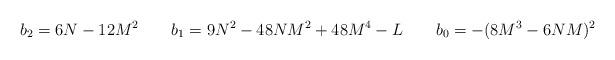
LaTeX: \begin{align*}b_2 = 6N-12M^2 \ \ \ \ \ \ b_1 = 9N^2 - 48NM^2 + 48M^4 -L \ \ \ \ \ \ b_0 = -(8M^3 - 6NM)^2\end{align*}